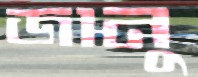
জানু